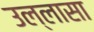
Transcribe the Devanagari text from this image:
उल्लासा